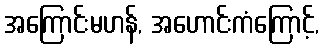
အကြောင်းမဟန်, အဟောင်းကံကြောင့်,